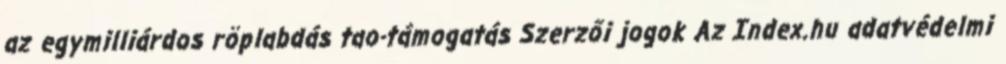
az egymilliárdos röplabdás tao-támogatás Szerzői jogok Az Index.hu adatvédelmi